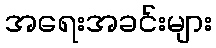
အရေးအခင်းများ